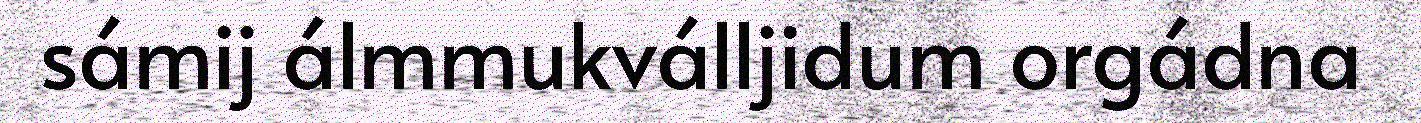
sámij álmmukválljidum orgádna